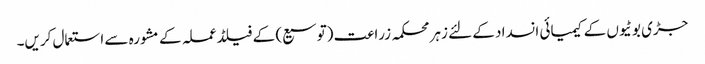
جڑی بوٹیوں کے کیمیائی انسداد کے لئے زہر محکمہ زراعت (توسیع) کے فیلڈ عملہ کے مشورہ سے استعمال کریں۔